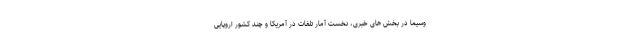
وسیما در بخش های خبری، نخست آمار تلفات در آمریکا و چند کشور اروپایی